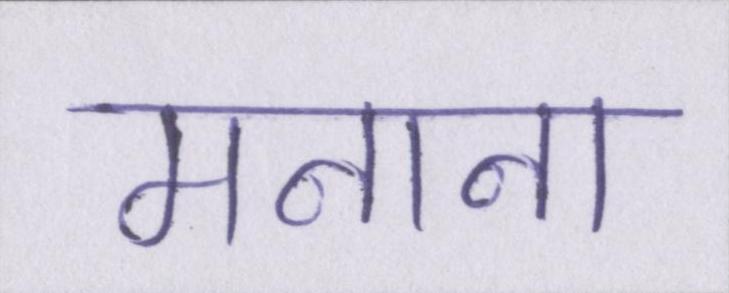
मनाना